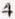
4